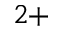
^ { 2 + }